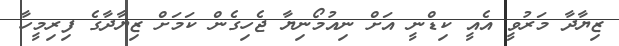
ޒިޔާދާ މަރުވީ އެއީ ކިޑްނީ އަށް ނިއުމޯނިޔާ ޖެހިގެން ކަމަށް ޒިޔާދާގެ ފިރިމީހާ